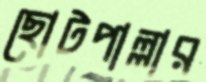
ছোটপাল্লার